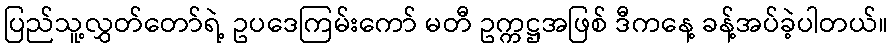
ပြည်သူ့လွှတ်တော်ရဲ့ ဥပဒေကြမ်းကော် မတီ ဥက္ကဋ္ဌအဖြစ် ဒီကနေ့ ခန့်အပ်ခဲ့ပါတယ်။